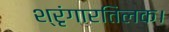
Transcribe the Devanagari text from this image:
श्रृंगारतिलक।